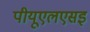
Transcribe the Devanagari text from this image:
पीयूएलएसइ